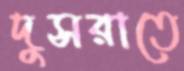
দুসরাতে